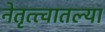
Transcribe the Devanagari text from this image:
नेतृत्त्वातल्या